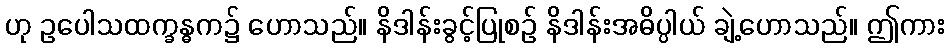
ဟု ဥပေါသထက္ခန္ဓက၌ ဟောသည်။ နိဒါန်းခွင့်ပြုစဉ် နိဒါန်းအဓိပ္ပါယ် ချဲ့ဟောသည်။ ဤကား